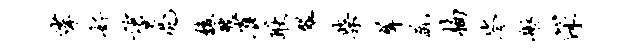
挲好望亮馥艘雀耿翠柴犀蔬楠岑舫深